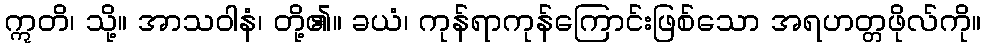
ဣတိ၊ သို့။ အာသဝါနံ၊ တို့၏။ ခယံ၊ ကုန်ရာကုန်ကြောင်းဖြစ်သော အရဟတ္တဖိုလ်ကို။